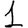
Digit: 1